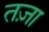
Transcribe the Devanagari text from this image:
तज़ा